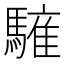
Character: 𩥤